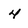
Character: 4